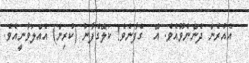
އެއުރެން ދެންނެވޫއެވެ. އޭ  ގެފާނެވެ! ކަލޭގެފާނު (ކުރިން) އެއްލަވާނީއެވެ.